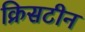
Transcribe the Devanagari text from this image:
क्रिसटीन